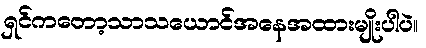
ရှင်ကတော့သာသယောင်အနေအထားမျိုးပါပဲ။